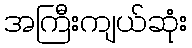
အကြီးကျယ်ဆုံး